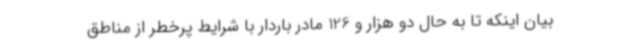
بیان اینکه تا به حال دو هزار و 126 مادر باردار با شرایط پرخطر از مناطق